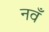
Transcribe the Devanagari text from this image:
नवँ